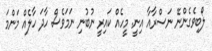
ލޯބިވެގެންނޭ ނަސްރާއާ އިނީ. މީހެއް ކައިރީ ނުބުނި ނަމަވެސް ހާދަ ހާލެއް މަންމަ